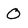
Character: 0